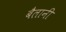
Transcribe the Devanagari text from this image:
बैलानी